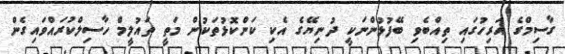
ގާސިމްގެ އަރިހުގައި ތިއްބެވި ބޭފުޅުންނަކީ ދުނިޔޭގެ އެކި ކަންކޮޅުތަކުން މަތީ ތައުލީމް ހާސިލްކުރައްވައިގެން